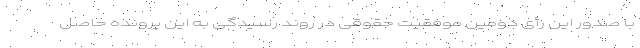
با صدور این رأی دومین موفقیت حقوقی در روند رسیدگی به این پرونده حاصل